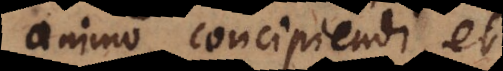
animo concipiendi, et